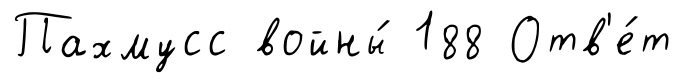
Пахмусс войны́ 188 Отв'е́т